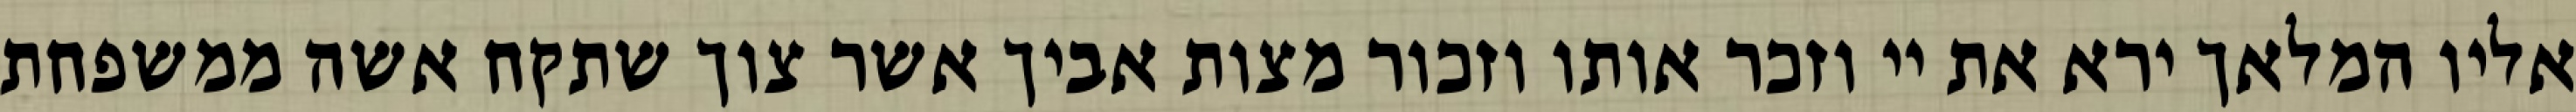
אליו המלאך ירא את יי וזכר אותו וזכור מצות אביך אשר צוך שתקח אשה ממשפחת